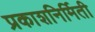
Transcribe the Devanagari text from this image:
प्रकाशनिर्मिती